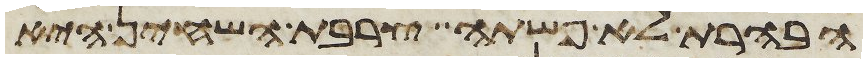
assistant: הבהרת לא פשתה צרבת השחין היא